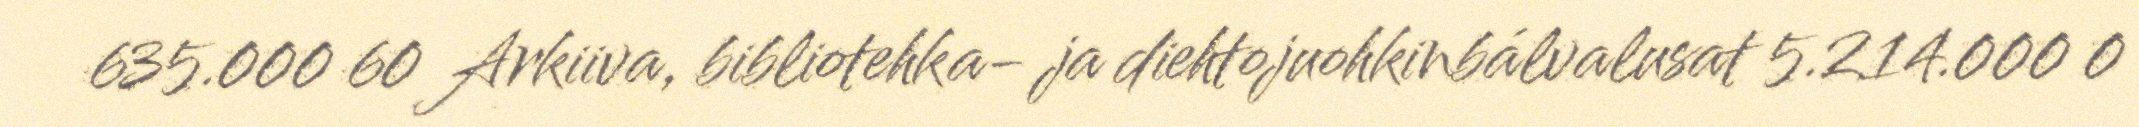
635.000 60 Arkiiva, bibliotehka- ja diehtojuohkinbálvalusat 5.214.000 0